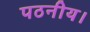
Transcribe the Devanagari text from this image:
पठनीय।